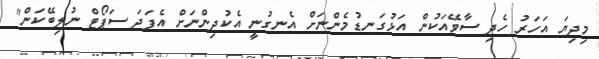
މިދިޔަ އަހަރު ހެދި ސާވޭއަކުން އަޅުގަނޑުމެންނަށް އެނގުނީ އެކުދިންނަށް އެފަދަ ސަޕޯޓް ނުލިބޭކަން"